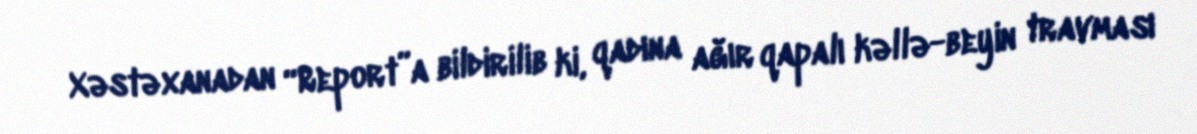
Xəstəxanadan “Report”a bildirilib ki, qadına ağır qapalı kəllə-beyin travması